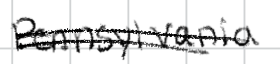
Text: Pennsylvania
Cross-out: double-line
Writing tool: digital_black